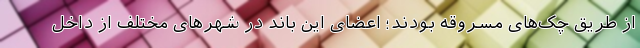
از طریق چک‌های مسروقه بودند؛ اعضای این باند در شهرهای مختلف از داخل